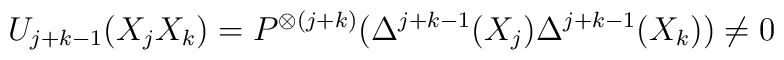
U_{j+k-1}(X_j X_k)=P^{\otimes(j+k)}(\Delta^{j+k-1}(X_j)\Delta^{j+k-1}(X_k))\not=0